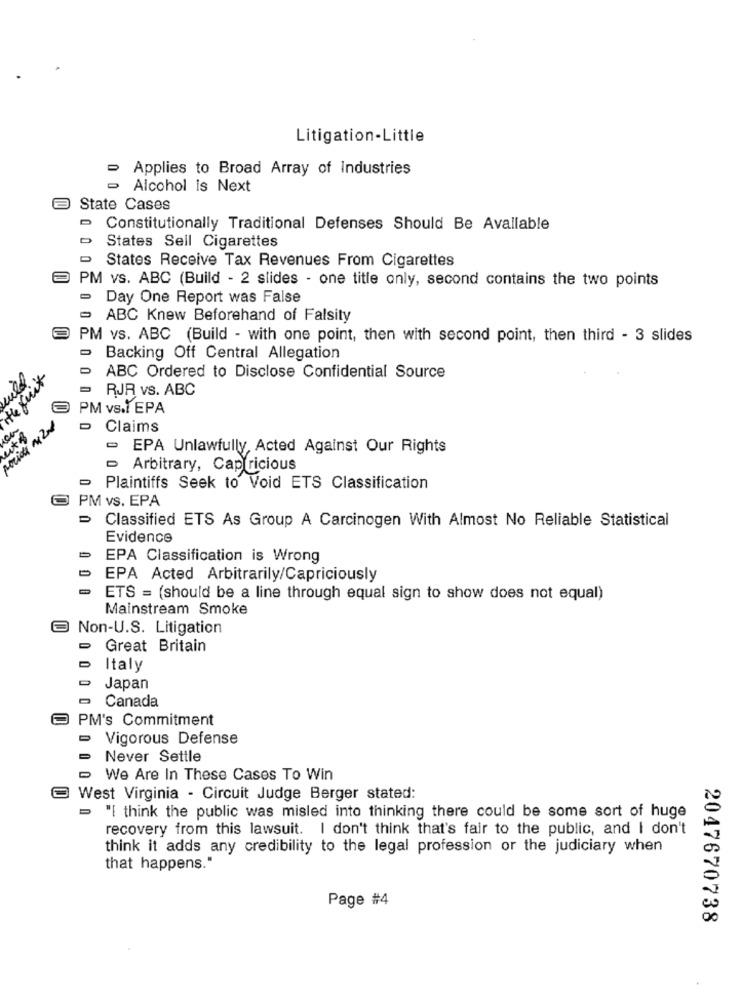
Litigation-Little
Applies to Broad Array of Industries
- Alcohol is Next
State Cases
- Constitutionally Traditional Defenses Should Be Available
States Sell Cigarettes
- States Receive Tax Revenues From Cigarettes
PM vs. ABC (Build - 2 slides - one title only, second contains the two points
- Day One Report was False
- ABC Knew Beforehand of Falsity
PM vs. ABC (Build - with one point, then with second point, then third - 3 slides
- Backing Off Central Allegation
He Suit
- ABC Ordered to Disclose Confidential Source
RJR vs. ABC
3PM VS.I EPA
- Claims
- EPA Unlawfully, Acted Against Our Rights
- Arbitrary, Capricious
- Plaintiffs Seek to Void ETS Classification
2 PM vs. EPA
Classified ETS As Group A Carcinogen With Almost No Reliable Statistical
Evidence
EPA Classification is Wrong
EPA Acted Arbitrarily/Capriciously
ETS = (should be a line through equal sign to show does not equal)
Mainstream Smoke
Non-U.S. Litigation
Great Britain
Italy
Japan
Canada
PM's Commitment
Vigorous Defense
= Never Settle
We Are In These Cases To Win
West Virginia - Circuit Judge Berger stated:
= "I think the public was misled into thinking there could be some sort of huge
recovery from this lawsuit. I don't think that's fair to the public, and I don't
think it adds any credibility to the legal profession or the judiciary when
that happens."
Page #4
2047670738